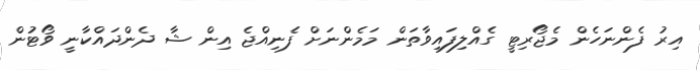
އިރު ފެންނަހެން މެޖޯރިޓީ ގެއްލިފައިވާތަން މަމެންނަށް ފެނިއްޖެ އިން ޝާ ދެންދައްކާނީ ވޯޓުން